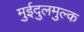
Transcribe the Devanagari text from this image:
मुईदुलमुल्क